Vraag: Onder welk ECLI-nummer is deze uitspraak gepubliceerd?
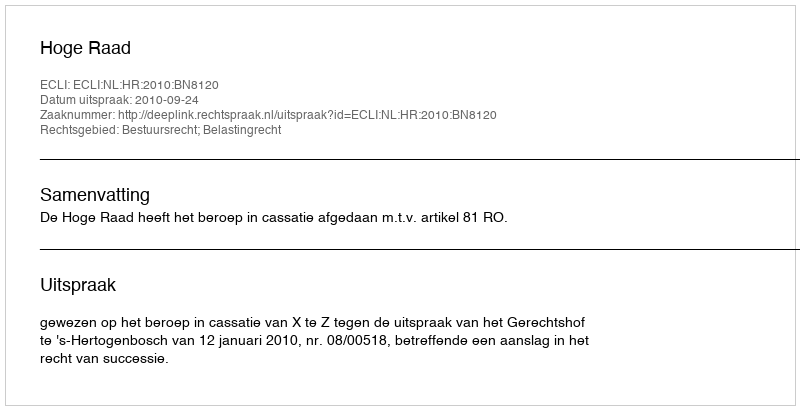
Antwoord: ECLI:NL:HR:2010:BN8120